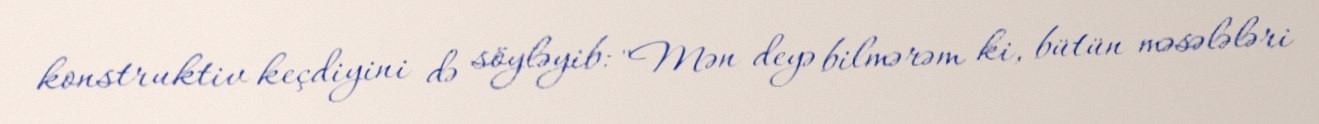
konstruktiv keçdiyini də söyləyib: "Mən deyə bilmərəm ki, bütün məsələləri